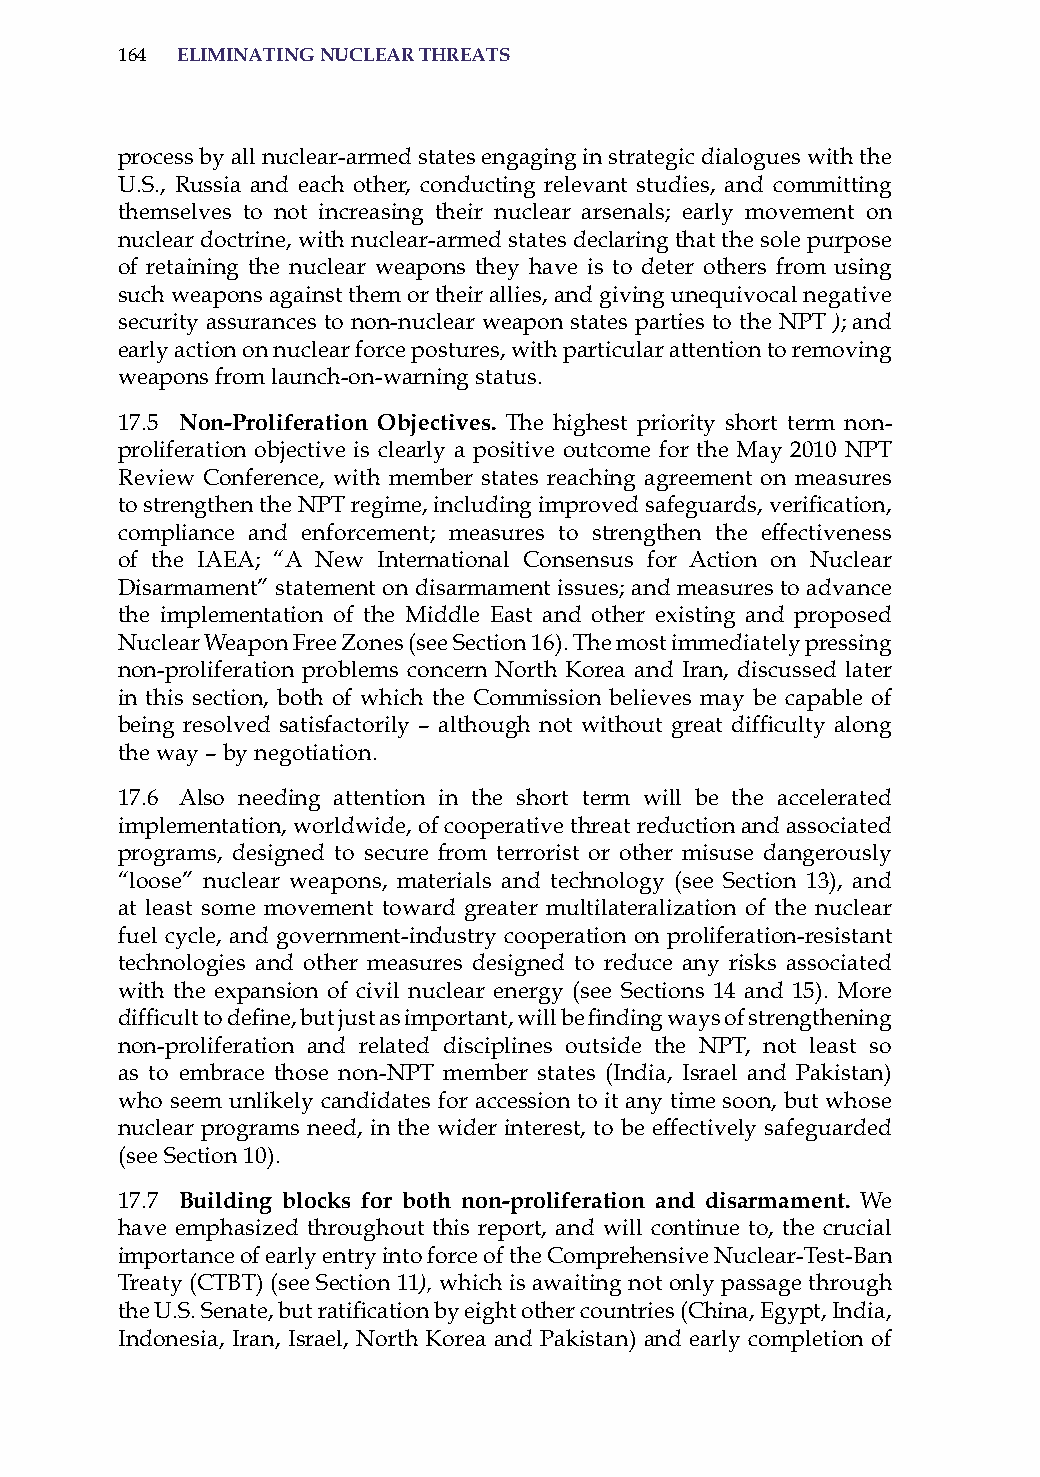
164 eliminatinG nuclear threats
 process by all nuclear-armed states engaging in strategic dialogues with the
 U.s., russia and each other, conducting relevant studies, and committing
 themselves to not increasing their nuclear arsenals; early movement on
 nuclear doctrine, with nuclear-armed states declaring that the sole purpose
 of retaining the nuclear weapons they have is to deter others from using
 such weapons against them or their allies, and giving unequivocal negative
 security assurances to non-nuclear weapon states parties to the NPT ); and
 early action on nuclear force postures, with particular attention to removing
 weapons from launch-on-warning status.
 17.5 non-Proliferation objectives. The highest priority short term non-
 proliferation objective is clearly a positive outcome for the May 2010 NPT
 review Conference, with member states reaching agreement on measures
 to strengthen the NPT regime, including improved safeguards, verification,
 compliance and enforcement; measures to strengthen the effectiveness
 of the iaEa; “a New international Consensus for action on Nuclear
 Disarmament” statement on disarmament issues; and measures to advance
 the implementation of the Middle East and other existing and proposed
 Nuclear Weapon Free Zones (see section 16). The most immediately pressing
 non-proliferation problems concern North Korea and iran, discussed later
 in this section, both of which the Commission believes may be capable of
 being resolved satisfactorily – although not without great difficulty along
 the way – by negotiation.
 17.6 also needing attention in the short term will be the accelerated
 implementation, worldwide, of cooperative threat reduction and associated
 programs, designed to secure from terrorist or other misuse dangerously
 “loose” nuclear weapons, materials and technology (see section 13), and
 at least some movement toward greater multilateralization of the nuclear
 fuel cycle, and government-industry cooperation on proliferation-resistant
 technologies and other measures designed to reduce any risks associated
 with the expansion of civil nuclear energy (see sections 14 and 15). More
 difficult to define, but just as important, will be finding ways of strengthening
 non-proliferation and related disciplines outside the NPT, not least so
 as to embrace those non-NPT member states (india, israel and Pakistan)
 who seem unlikely candidates for accession to it any time soon, but whose
 nuclear programs need, in the wider interest, to be effectively safeguarded
 (see section 10).
 17.7 Building blocks for both non-proliferation and disarmament. We
 have emphasized throughout this report, and will continue to, the crucial
 importance of early entry into force of the Comprehensive Nuclear-Test-Ban
 Treaty (CTBT) (see section 11), which is awaiting not only passage through
 the U.S. Senate, but ratification by eight other countries (China, Egypt, India,
 indonesia, iran, israel, North Korea and Pakistan) and early completion of